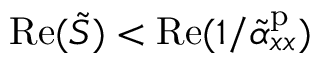
\mathrm { R e } ( \tilde { S } ) < \mathrm { R e } ( 1 / \tilde { \alpha } _ { x x } ^ { \mathrm { p } } )